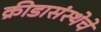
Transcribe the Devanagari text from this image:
क्रीडासंस्थेचे